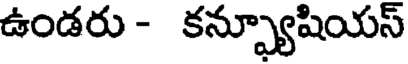
ఉండరు - కన్ఫ్యూషియస్